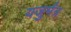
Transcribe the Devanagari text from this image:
यजुर्मंत्र